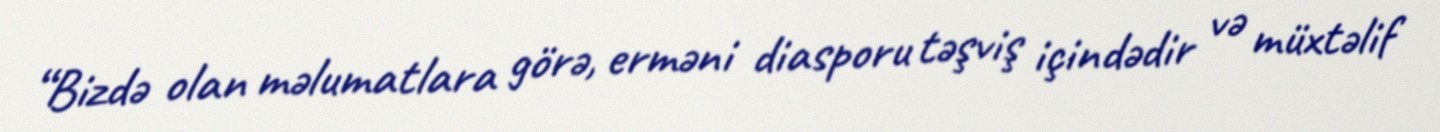
“Bizdə olan məlumatlara görə, erməni diasporu təşviş içindədir və müxtəlif